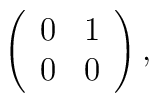
\left(            \begin{array}{cc}                0 & 1 \\                0 & 0            \end{array}        \right),